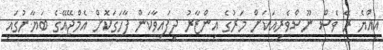
އިއްޔެ ރޭ ވެސް ނޫސްވެރިއަކަށް މަރުގެ އިންޒާރު ދީފައިވާކަން ފާހަގަކޮށް އެމްޖޭއޭގެ ބަޔާނުގައި